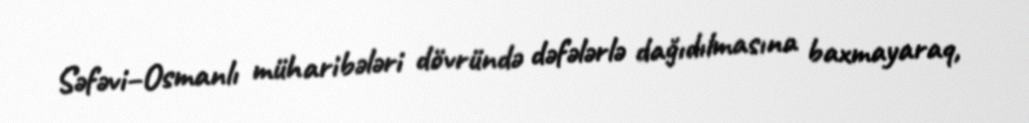
Səfəvi–Osmanlı müharibələri dövründə dəfələrlə dağıdılmasına baxmayaraq,